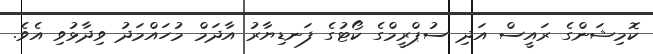
ކޮމިޝަންގެ ރައީސް އަދި ސުޕްރީމްގެ ކޯޓުގެ ފަނޑިޔާރު އާދަމް މުހައްމަދު ވިދާޅުވި އެވެ.